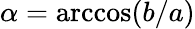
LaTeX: \alpha=\operatorname{arccos}(b/a)